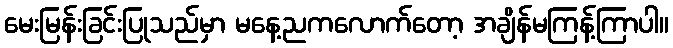
မေးမြန်းခြင်းပြုသည်မှာ မနေ့ညကလောက်တော့ အချိန်မကြန့်ကြာပါ။